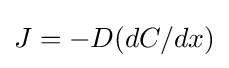
J=-D(dC/dx)